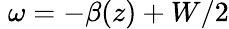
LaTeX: \; \omega=-\beta(z)+W/2